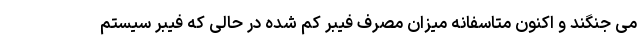
می جنگند و اکنون متاسفانه میزان مصرف فیبر کم شده در حالی که فیبر سیستم